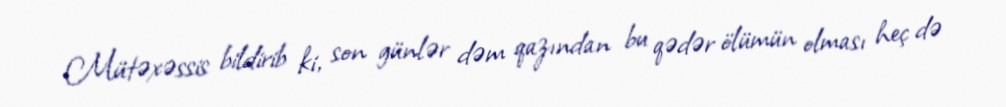
Mütəxəssis bildirib ki, son günlər dəm qazından bu qədər ölümün olması heç də